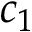
c _ { 1 }